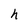
Character: h